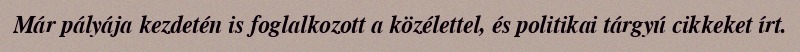
Már pályája kezdetén is foglalkozott a közélettel, és politikai tárgyú cikkeket írt.